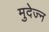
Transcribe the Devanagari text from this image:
मुदेज्न